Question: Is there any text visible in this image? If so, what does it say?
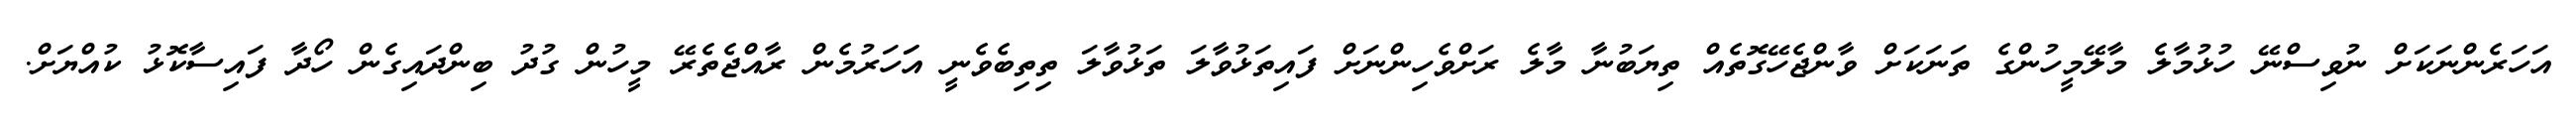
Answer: އަހަރެންނަކަށް ނުވިސްނޭ ހުޅުމާލެ މާލޭމީހުންގެ ތަނަކަށް ވާންޖެހޭގޮތެއް ތިޔަބުނާ މާލެ ރަށްވެހިންނަށް ފައިތަޅުވާލަ ތަޅުވާލަ ތިތިބެވެނީ އަަހަރުމެން ރާއްޖެތެރޭ މީހުން ގުދު ބިންދައިގެން ހޯދާ ފައިސާކޮޅު ކުއްޔަށް.